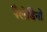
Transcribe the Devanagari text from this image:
पैलेडिनो